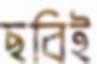
ছবিই